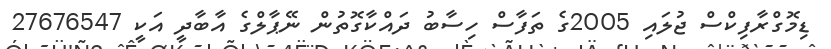
ޑިމޮގްރާފިކްސް ޖުލައި 2005ގެ ތަފާސް ހިސާބު ދައްކާގޮތުން ނޭޕާލްގެ އާބާދީ އަކީ 27676547